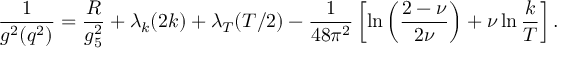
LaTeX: { \frac { 1 } { g ^ { 2 } ( q ^ { 2 } ) } } = { \frac { R } { g _ { 5 } ^ { 2 } } } + \lambda _ { k } ( 2 k ) + \lambda _ { T } ( T / 2 ) - { \frac { 1 } { 4 8 \pi ^ { 2 } } } \left[ \ln \left( { \frac { 2 - \nu } { 2 \nu } } \right) + \nu \ln { \frac { k } { T } } \right] .